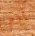
آدم